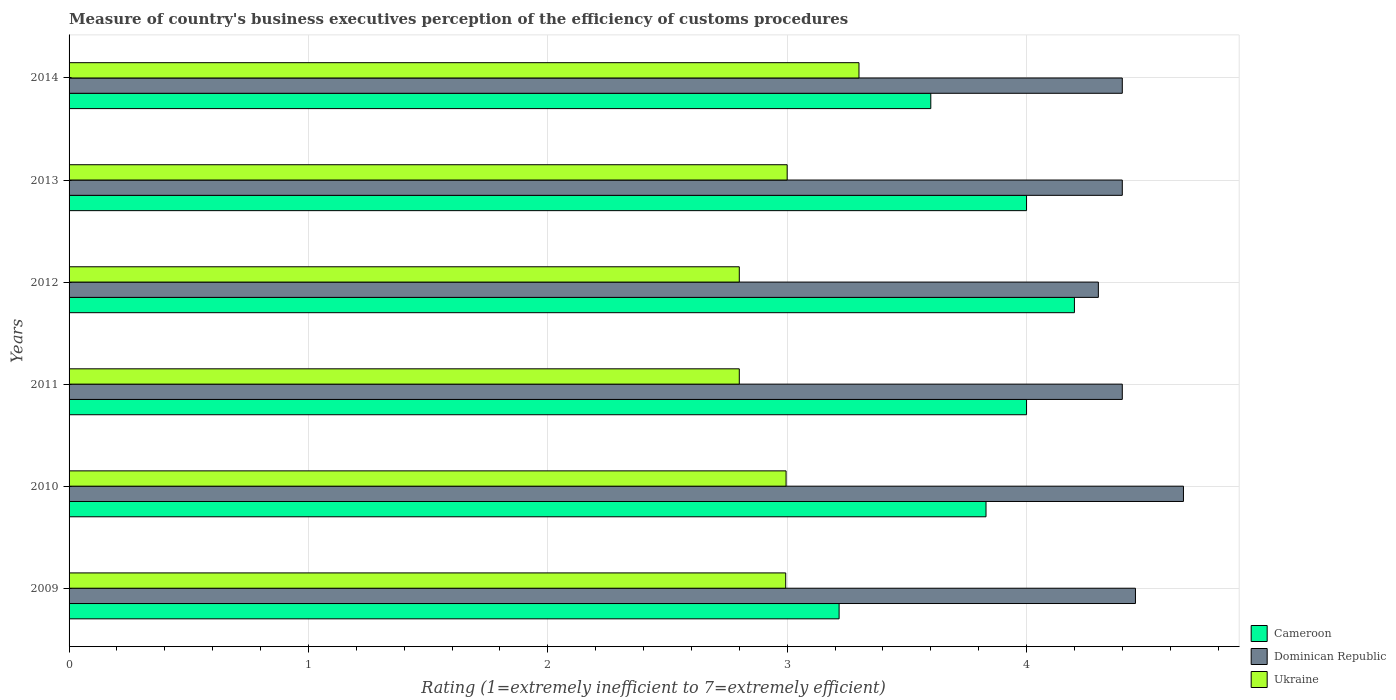
| Years | Cameroon | Dominican Republic | Ukraine |
 | --- | --- | --- | --- |
 | 2009 | 3.22 | 4.46 | 2.99 |
 | 2010 | 3.83 | 4.66 | 3 |
 | 2011 | 4 | 4.4 | 2.8 |
 | 2012 | 4.2 | 4.3 | 2.8 |
 | 2013 | 4 | 4.4 | 3 |
 | 2014 | 3.6 | 4.4 | 3.3 |